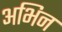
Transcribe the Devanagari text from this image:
अभिन